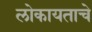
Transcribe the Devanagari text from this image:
लोकायताचे